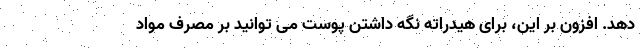
دهد. افزون بر این، برای هیدراته نگه داشتن پوست می توانید بر مصرف مواد